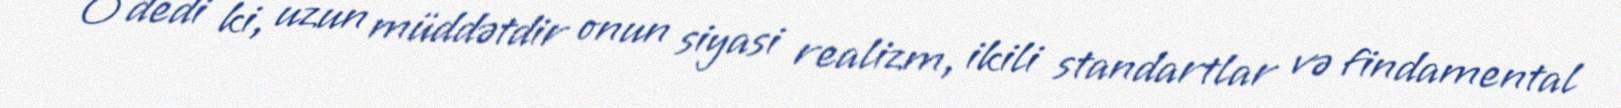
O dedi ki, uzun müddətdir onun siyasi realizm, ikili standartlar və findamental